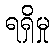
ရရှိမှု